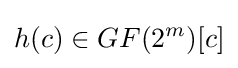
h(c)\in GF(2^{m})[c]